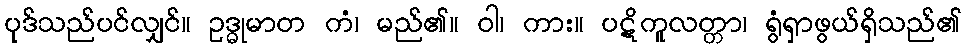
ပုဒ်သည်ပင်လျှင်။ ဥဒ္ဓုမာတ ကံ၊ မည်၏။ ဝါ၊ ကား။ ပဋိကူလတ္တာ၊ ရွံရှာဖွယ်ရှိသည်၏